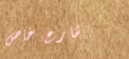
شارع خاص